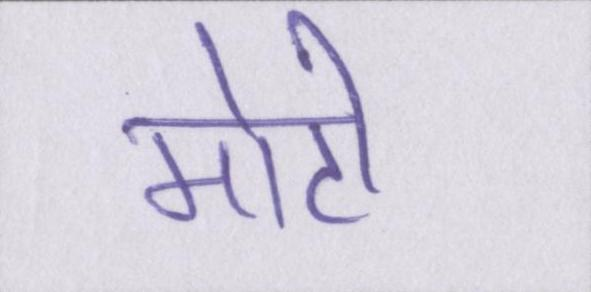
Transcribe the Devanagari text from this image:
मोटी